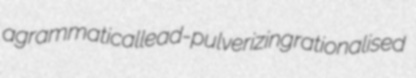
agrammatical lead-pulverizing rationalised